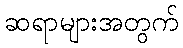
ဆရာများအတွက်